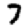
Digit: 7